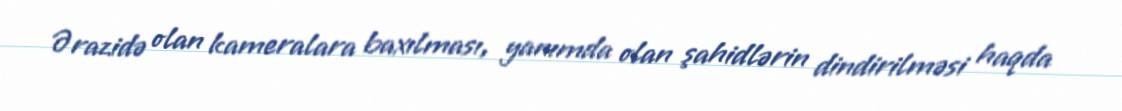
Ərazidə olan kameralara baxılması, yanımda olan şahidlərin dindirilməsi haqda